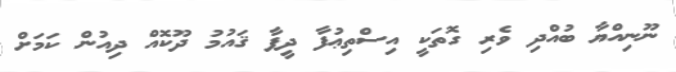
ނޫނިއްޔާ ބުއްދި ވެރި ގޮތަކީ އިސްތިޢުފާ ދީފާ ޤައުމު ދޫކޮއް ދިއުން ކަމަށް